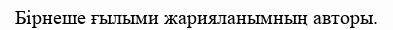
Бірнеше ғылыми жарияланымның авторы.